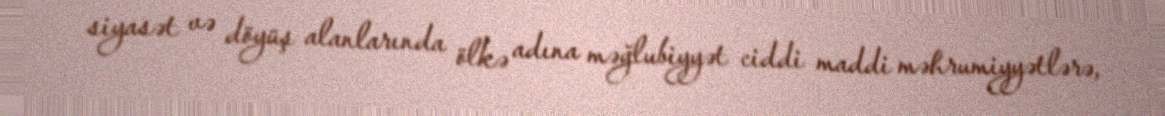
siyasət və döyüş alanlarında ölkə adına məğlubiyyət ciddi maddi məhrumiyyətlərə,